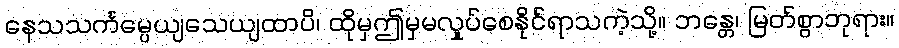
နေသသင်္ကမ္ပေယျသေယျထာပိ၊ ထိုမှဤမှမလှုပ်စေနိုင်ရာသကဲ့သို့။ ဘန္တေ၊ မြတ်စွာဘုရား။